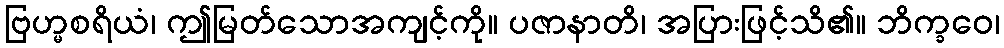
ဗြဟ္မစရိယံ၊ ဤမြတ်သောအကျင့်ကို။ ပဇာနာတိ၊ အပြားဖြင့်သိ၏။ ဘိက္ခဝေ၊